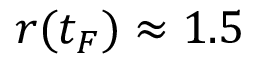
r ( t _ { F } ) \approx 1 . 5